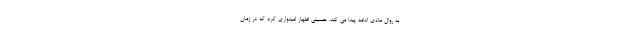
به روال عادی ادامه پیدا می کند. حسینی اظهار امیدواری کرد که در زمان